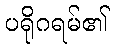
ပရိုဂရမ်၏